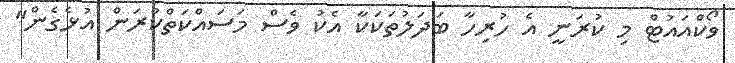
ވޯކްއައުޓް މި ކުރަނީ އެ ހުރިހާ ބަދަލުތަކަކާ އެކު ވެސް މަސައްކަތްކުރަން އުޅެގެން"